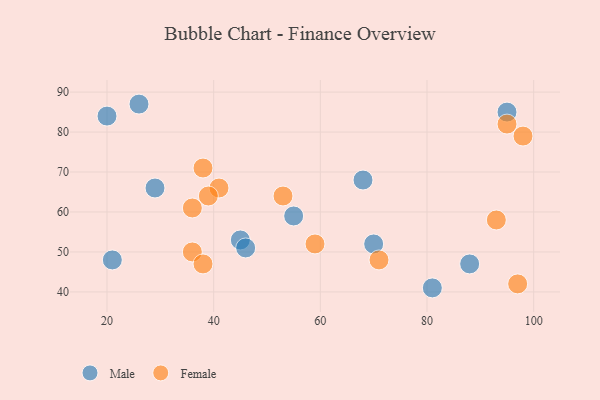
{"axis": {"x": "GDP", "y": "Life Expectancy"}, "legend": ["Female", "Male"], "data": [{"x": "45", "y": 53, "type": "Male"}, {"x": "70", "y": 52, "type": "Male"}, {"x": "26", "y": 87, "type": "Male"}, {"x": "21", "y": 48, "type": "Male"}, {"x": "29", "y": 66, "type": "Male"}, {"x": "81", "y": 41, "type": "Male"}, {"x": "46", "y": 51, "type": "Male"}, {"x": "68", "y": 68, "type": "Male"}, {"x": "20", "y": 84, "type": "Male"}, {"x": "55", "y": 59, "type": "Male"}, {"x": "95", "y": 85, "type": "Male"}, {"x": "88", "y": 47, "type": "Male"}, {"x": "36", "y": 61, "type": "Female"}, {"x": "41", "y": 66, "type": "Female"}, {"x": "39", "y": 64, "type": "Female"}, {"x": "93", "y": 58, "type": "Female"}, {"x": "38", "y": 71, "type": "Female"}, {"x": "98", "y": 79, "type": "Female"}, {"x": "59", "y": 52, "type": "Female"}, {"x": "97", "y": 42, "type": "Female"}, {"x": "53", "y": 64, "type": "Female"}, {"x": "71", "y": 48, "type": "Female"}, {"x": "95", "y": 82, "type": "Female"}, {"x": "36", "y": 50, "type": "Female"}, {"x": "38", "y": 47, "type": "Female"}]}